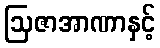
ဩဇာအာဏာနှင့်